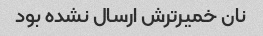
نان خمیرترش ارسال نشده بود